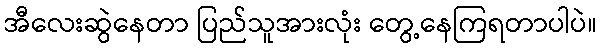
အီလေးဆွဲနေတာ ပြည်သူအားလုံး တွေ့နေကြရတာပါပဲ။